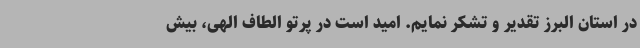
در استان البرز تقدیر و تشکر نمایم. امید است در پرتو الطاف الهی، بیش